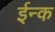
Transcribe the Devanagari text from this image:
ईन्क